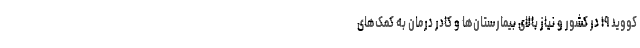
کووید ۱۹ در کشور و نیاز بالای بیمارستان‌ها و کادر درمان به کمک‌های